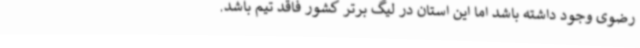
رضوی وجود داشته باشد اما این استان در لیگ برتر کشور فاقد تیم باشد.